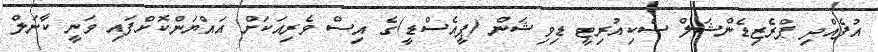
އުފެއްދި ޕްރެޒިޑެންޝަލް ސެކިއުރިޓީ ޑިވިޝަން (ޕީއެސްޑީ)ގެ އިސް ވެރިއަކަށް އައްޔަންކޮށްފައި ވަނީ ކާނަލް